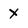
Character: x